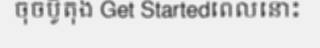
ចុចប៊ូតុង Get Startedពេលនោះ